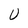
Character: U